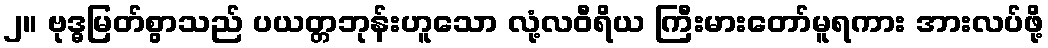
၂။ ဗုဒ္ဓမြတ်စွာသည် ပယတ္တဘုန်းဟူသော လုံ့လဝီရိယ ကြီးမားတော်မူရကား အားလပ်ဖို့